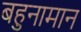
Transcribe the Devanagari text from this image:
बहुनामान